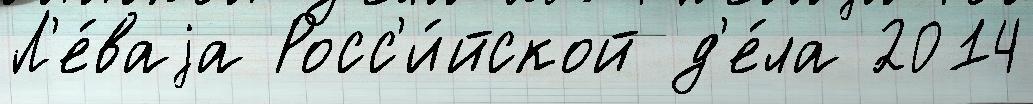
Л'е́ваjа Росс'и́йской д'е́ла 2014